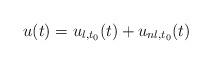
LaTeX: \begin{align*}\begin{array}{l}u(t) = u_{l,t_0}(t)+ u_{nl,t_0}(t)\end{array}\end{align*}